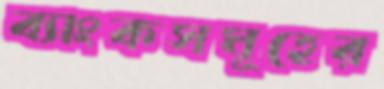
ব্যাংকসমূহের